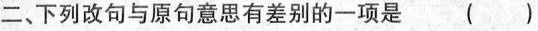
二、下列改句与原句意思有差别的一项是 ( )